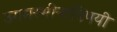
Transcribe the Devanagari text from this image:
उगमस्थीनाविषयी